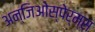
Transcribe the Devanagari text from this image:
अन्जिओस्पेर्म्स